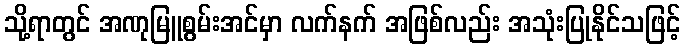
သို့ရာတွင် အဏုမြူစွမ်းအင်မှာ လက်နက် အဖြစ်လည်း အသုံးပြုနိုင်သဖြင့်